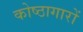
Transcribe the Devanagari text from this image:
कोष्ठागारों